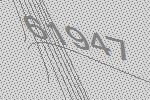
61947